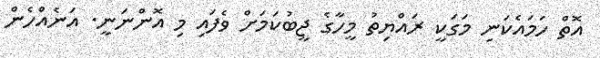
އޮތް ހަމައެކަނި މަގަކީ ރައްޔިތު މީހާގެ ޖީބުކަމަށް ވެފައި މި އޮންނަނީ. އަނެއްހެން